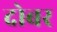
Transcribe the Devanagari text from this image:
दोबर